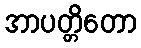
အာပတ္တိတော